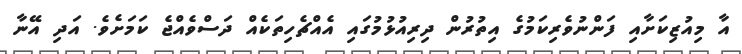
އާ މިއުޒިކަށާއި ފަންނުވެރިކަމުގެ އިތުރުން ދިރިއުޅުމުގައި އެއްޗެހިތަކެއް ދަސްވެއްޖެ ކަމަށެވެ. އަދި އޭނާ